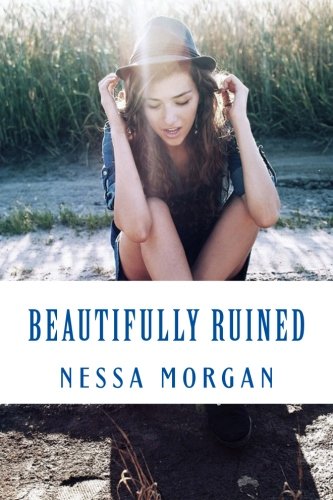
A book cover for Beautifully Ruined (Flawed) (Volume 2); Nessa Morgan; Teen & Young Adult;